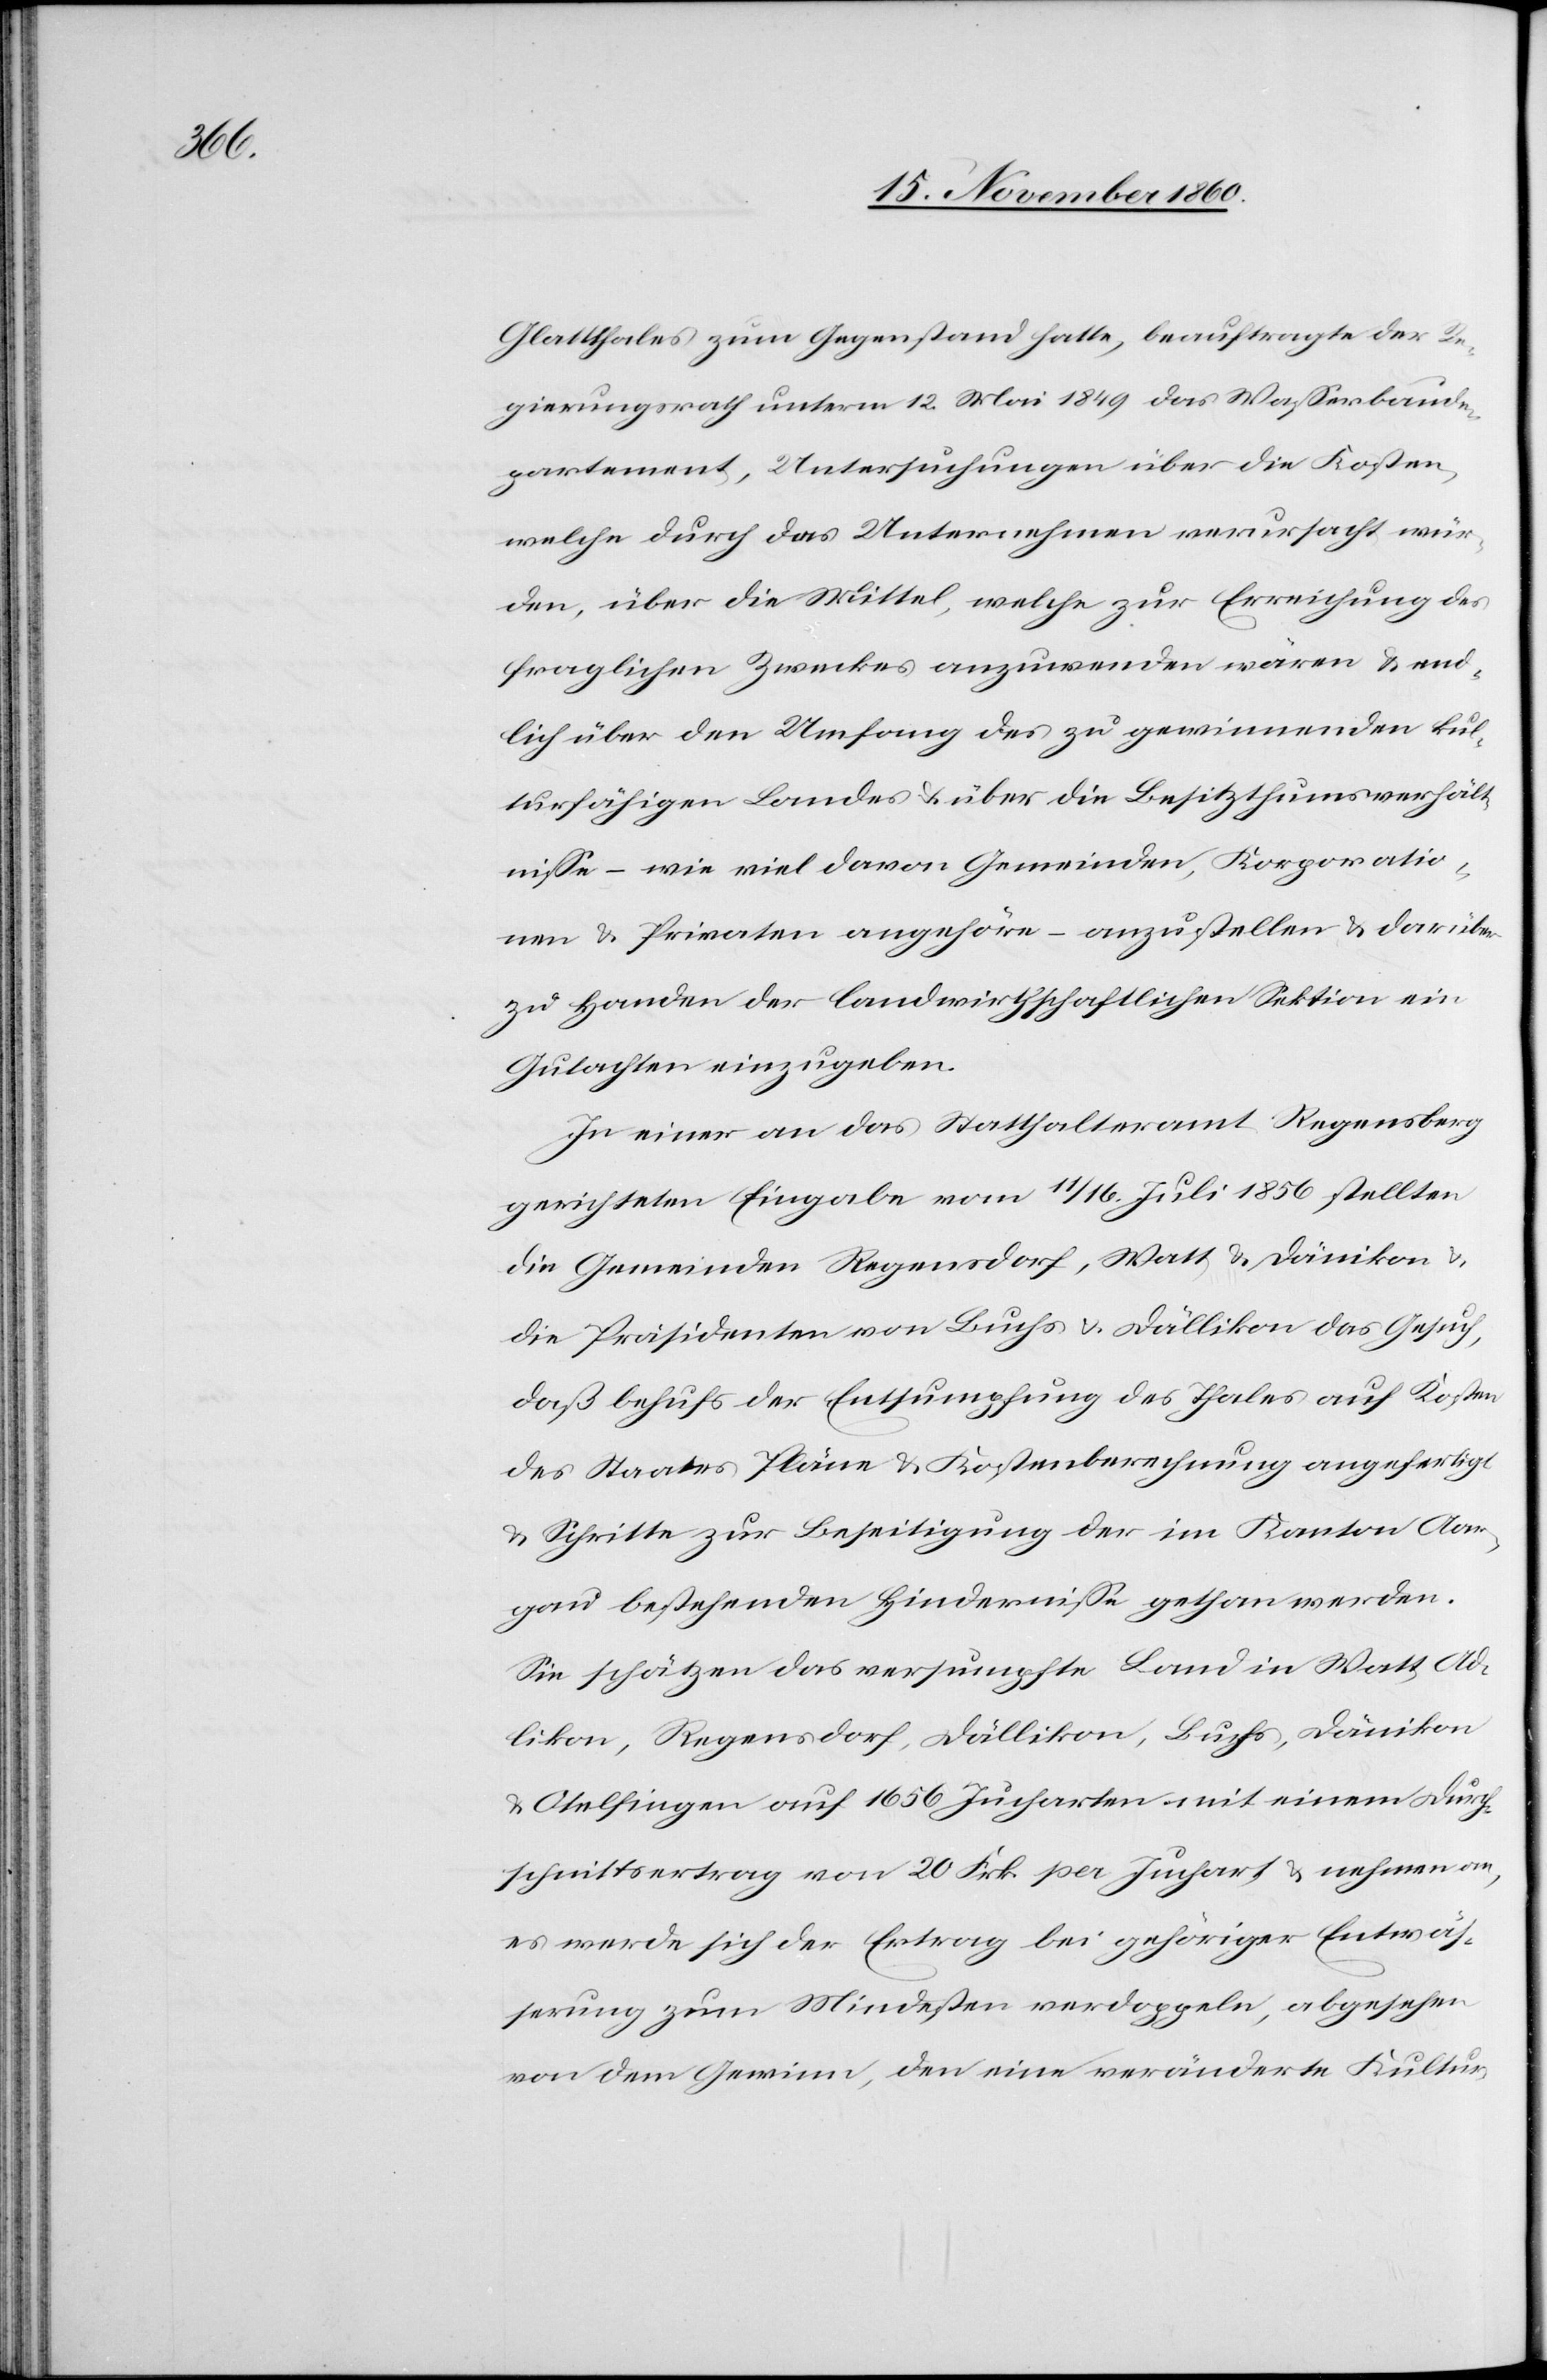
Glatthales zum Gegenstand hatte, beauftragte der Re¬
gierungsrath unterm 12. Mai 1849 das Wasserbaude¬
partement, Untersuchungen über die Kosten,
welche durch das Unternehmen verursacht wür¬
den, über die Mittel, welche zur Erreichung des
fraglichen Zweckes anzuwenden wären u. end¬
lich über den Umfang des zu gewinnenden kul¬
turfähigen Landes u. über die Besitzthumsverhält¬
nisse – wie viel davon Gemeinden, Korporatio¬
nen u. Privaten angehöre – anzustellen u. darüber
zu Handen der landwirthschaftlichen Sektion ein
Gutachten einzugeben.
In einer an das Statthalteramt Regensberg
gerichteten Eingabe vom 11./16. Juli 1856 stellten
die Gemeinden Regensdorf, Watt u. Dänikon u.
die Präsidenten von Buchs u. Dällikon das Gesuch,
daß behufs der Entsumpfung des Thales auf Kosten
des Staates Pläne u. Kostenberechnung angefertigt
u. Schritte zur Beseitigung der im Kanton Aar¬
gau bestehenden Hindernisse gethan werden.
Sie schätzen das versumpfte Land in Watt, Ad¬
likon, Regensdorf, Dällikon, Buchs, Dänikon
u. Otelfingen auf 1656 Jucharten mit einem Durch¬
schnittsertrag von 20 Frk. per Juchart u. nehmen an,
es werde sich der Ertrag bei gehöriger Entwäs¬
serung zum Mindesten verdoppeln, abgesehen
von dem Gewinn, den eine veränderte Kultur-